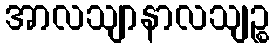
အာလသျာနာလသျဉ္စ